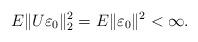
LaTeX: \begin{align*}E\|U\varepsilon_{0}\|^2_{2}=E\|\varepsilon_{0}\|^2<\infty.\end{align*}